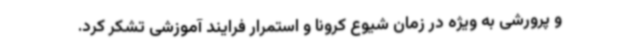
و پرورشی به ویژه در زمان شیوع کرونا و استمرار فرایند آموزشی تشکر کرد.